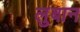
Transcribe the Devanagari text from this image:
लुबान